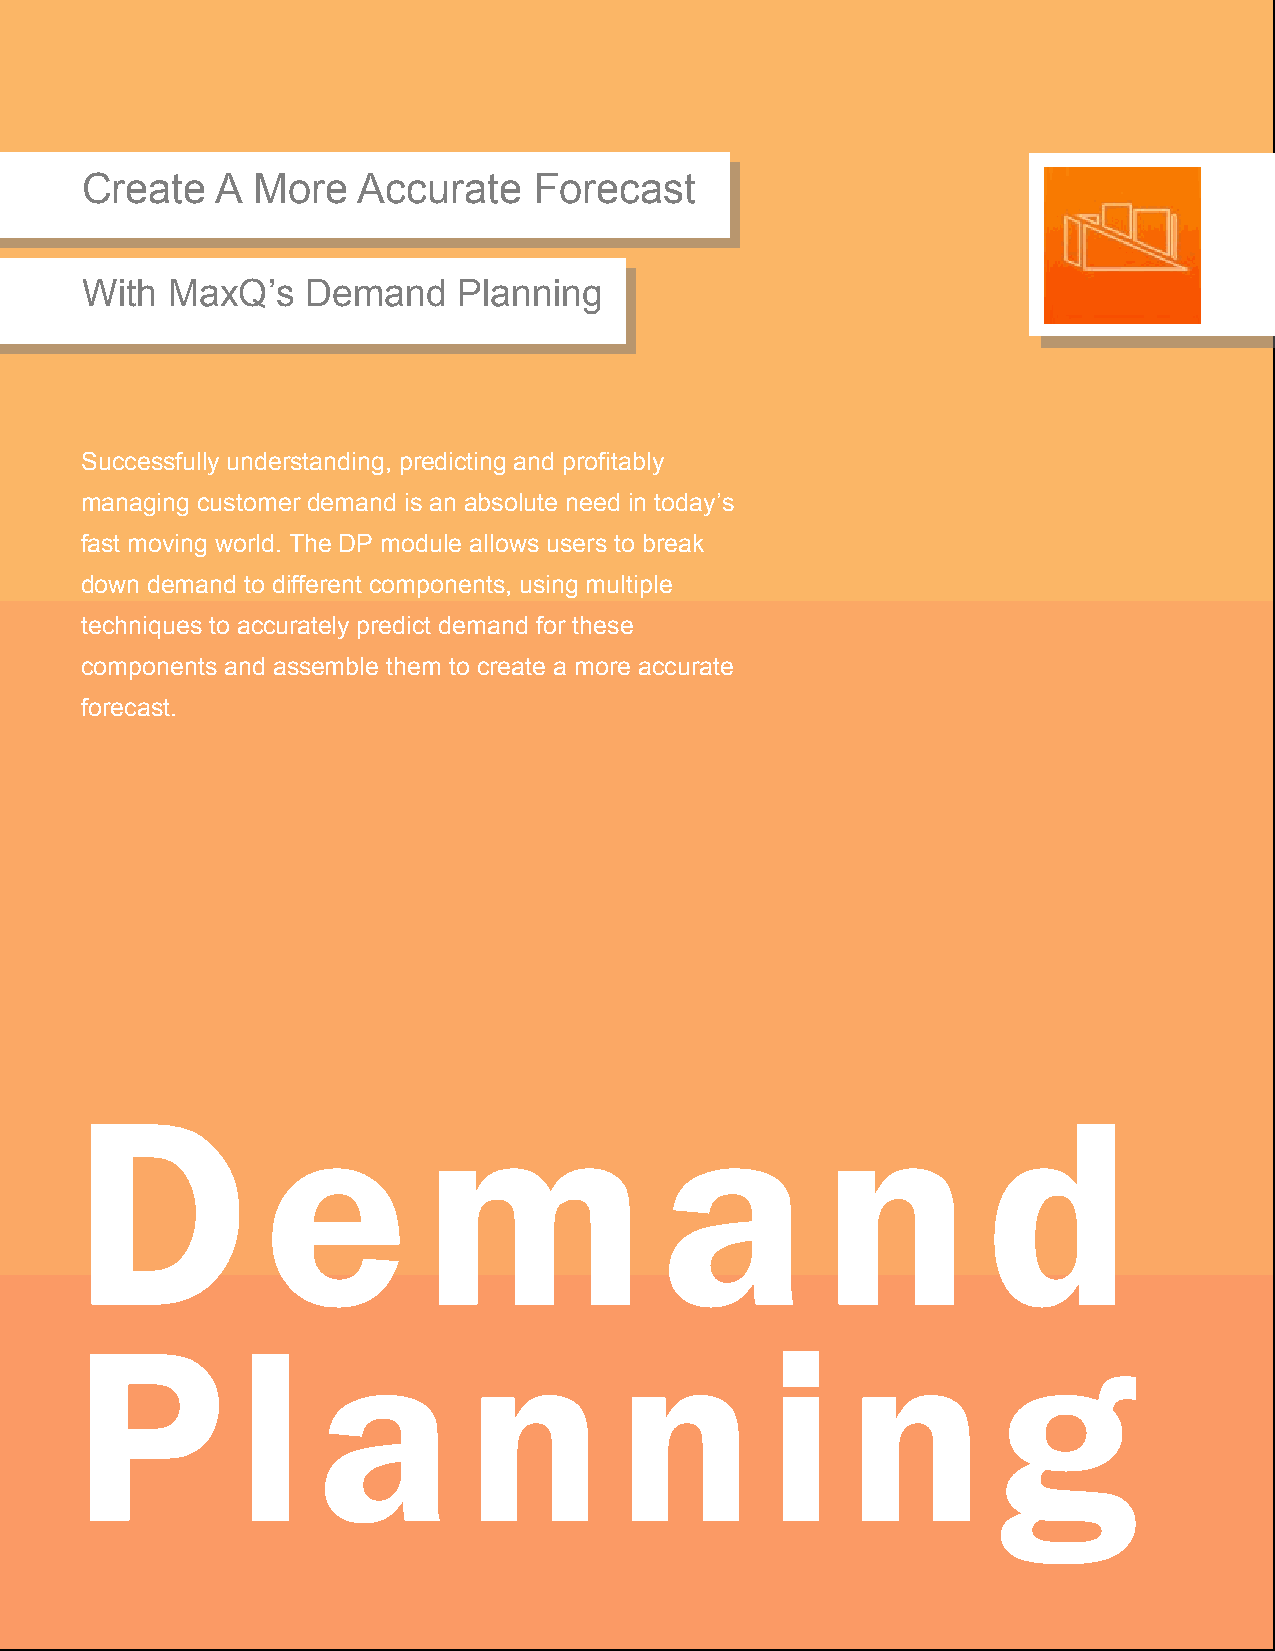
Create   A  More   Accurate   Forecast
 With  MaxQ’s   Demand    Planning
 Successfully understanding, predicting and profitably
 managing customer demand is an absolute need in today’s
 fast moving world. The DP module allows users to break
 down demand to different components, using multiple
 techniques to accurately predict demand for these
 components and assemble them to create a more accurate
 forecast.
 D           e          m               a         n          d
 P          l    a         n         n         i    n         g